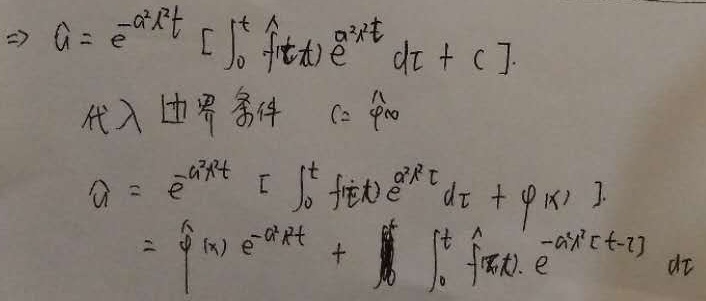
$\Rightarrow G = e^{-\alpha^{2}Rt}\left[\int_{0}^{t} \hat{f}(\tau)e^{\alpha^{2}R\tau}d\tau + C\right]$。代入边界条件 $C = \hat{\varphi}(x)$，
$G = e^{-\alpha^{2}Rt}\left[\int_{0}^{t} \hat{f}(\tau)e^{\alpha^{2}R\tau}d\tau+\varphi(x)\right]$
$=\hat{\varphi}(x)e^{-\alpha^{2}Rt}+\int_{0}^{t} \hat{f}(\tau)e^{-\alpha^{2}R(t - \tau)}d\tau$